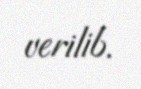
verilib.